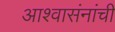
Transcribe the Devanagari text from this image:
आश्वासंनांची